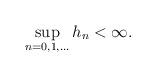
LaTeX: \begin{align*}\sup_{n=0,1,\dots} h_n < \infty.\end{align*}